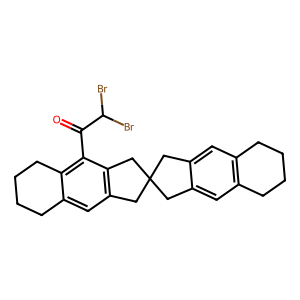
SMILES: O=C(c1c2c(cc3c1CC1(Cc4cc5c(cc4C1)CCCC5)C3)CCCC2)C(Br)Br
Inhibits HIV replication: No